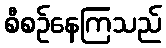
စီစဉ်နေကြသည်